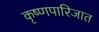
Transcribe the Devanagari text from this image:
कृष्णपारिजात